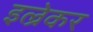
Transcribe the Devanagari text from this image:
इल्रेकर